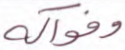
وفواكه